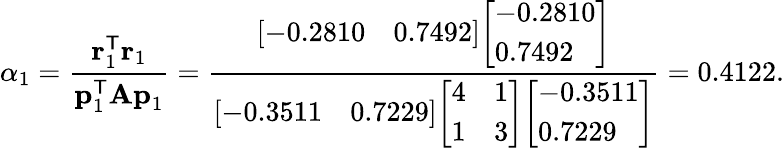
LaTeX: \alpha_{1}={\frac{\mathbf{r}_{1}^{\mathsf{T}}\mathbf{r}_{1}}{\mathbf{p}_{1}^{\mathsf{T}}\mathbf{Ap}_{1}}}={\frac{{\left[\begin{array}{ll}{-0.2810}&{0.7492}\end{array}\right]}{\left[\begin{array}{l}{-0.2810}\\ {0.7492}\end{array}\right]}}{{\left[\begin{array}{ll}{-0.3511}&{0.7229}\end{array}\right]}{\left[\begin{array}{ll}{4}&{1}\\ {1}&{3}\end{array}\right]}{\left[\begin{array}{l}{-0.3511}\\ {0.7229}\end{array}\right]}}}=0.4122.